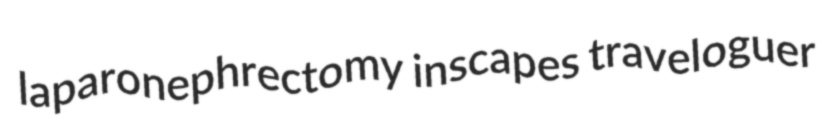
laparonephrectomy inscapes traveloguer